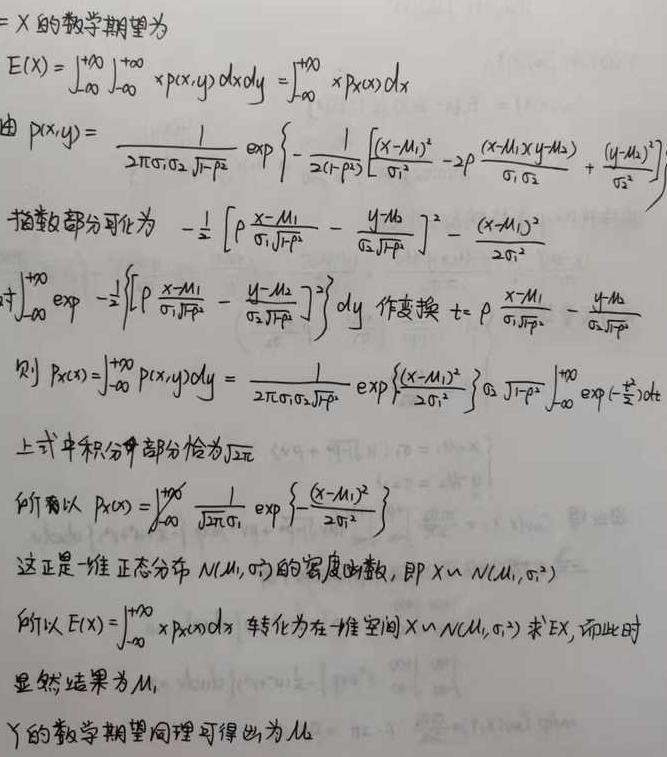
$X$的数学期望为
\[
E(X)=\int_{-\infty}^{+\infty}\int_{-\infty}^{+\infty}x p(x,y)dxdy=\int_{-\infty}^{+\infty}x p_X(x)dx
\]
由
\[
p(x,y)=\frac{1}{2\pi\sigma_1\sigma_2\sqrt{1 - \rho^2}}\exp\left\{-\frac{1}{2(1-\rho^2)}\left[\frac{(x - \mu_1)^2}{\sigma_1^2}-2\rho\frac{(x - \mu_1)(y - \mu_2)}{\sigma_1\sigma_2}+\frac{(y - \mu_2)^2}{\sigma_2^2}\right]\right\}
\]
指数部分可化为
\[
-\frac{1}{2}\left[\rho\frac{x - \mu_1}{\sigma_1\sqrt{1-\rho^2}}-\frac{y - \mu_2}{\sigma_2\sqrt{1-\rho^2}}\right]^2-\frac{(x - \mu_1)^2}{2\sigma_1^2}
\]
对\(\int_{-\infty}^{+\infty}\exp\left\{-\frac{1}{2}\left[\rho\frac{x - \mu_1}{\sigma_1\sqrt{1-\rho^2}}-\frac{y - \mu_2}{\sigma_2\sqrt{1-\rho^2}}\right]^2\right\}dy\)作变换\(t = \rho\frac{x - \mu_1}{\sigma_1\sqrt{1-\rho^2}}-\frac{y - \mu_2}{\sigma_2\sqrt{1-\rho^2}}\)
则
\[
p_X(x)=\int_{-\infty}^{+\infty}p(x,y)dy=\frac{1}{2\pi\sigma_1\sigma_2\sqrt{1 - \rho^2}}\exp\left\{-\frac{(x - \mu_1)^2}{2\sigma_1^2}\right\}\sigma_2\sqrt{1-\rho^2}\int_{-\infty}^{+\infty}\exp\left\{-\frac{t^2}{2}\right\}dt
\]
上式中积分部分恰为\(\sqrt{2\pi}\)
所以
\[
p_X(x)=\int_{-\infty}^{+\infty}\frac{1}{\sqrt{2\pi}\sigma_1}\exp\left\{-\frac{(x - \mu_1)^2}{2\sigma_1^2}\right\}
\]
这正是一维正态分布\(N(\mu_1,\sigma_1^2)\)的密度函数，即\(X\sim N(\mu_1,\sigma_1^2)\)
所以
\[
E(X)=\int_{-\infty}^{+\infty}x p_X(x)dx
\]
转化为在一维空间\(X\sim N(\mu_1,\sigma_1^2)\)求\(EX\)，而此时显然结果为\(\mu_1\)
\(Y\)的数学期望同理可得出为\(\mu_2\)